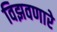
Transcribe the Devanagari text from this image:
विझवणारे